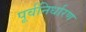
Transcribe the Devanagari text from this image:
पूर्वनिर्धारण